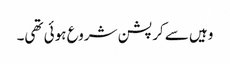
وہیں سے کرپشن شروع ہوئی تھی۔